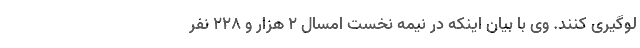
لوگیری کنند. وی با بیان اینکه در نیمه نخست امسال ۲ هزار و ۲۲۸ نفر